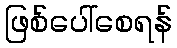
ဖြစ်ပေါ်စေရန်